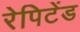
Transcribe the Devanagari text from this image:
रेपिटेंड